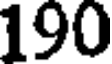
190